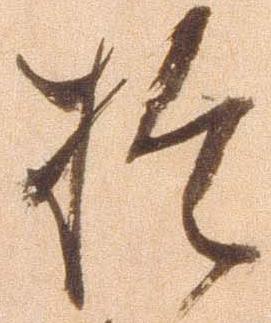
於